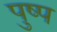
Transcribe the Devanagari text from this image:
पुष्प